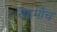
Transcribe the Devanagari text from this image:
रोहमाँच